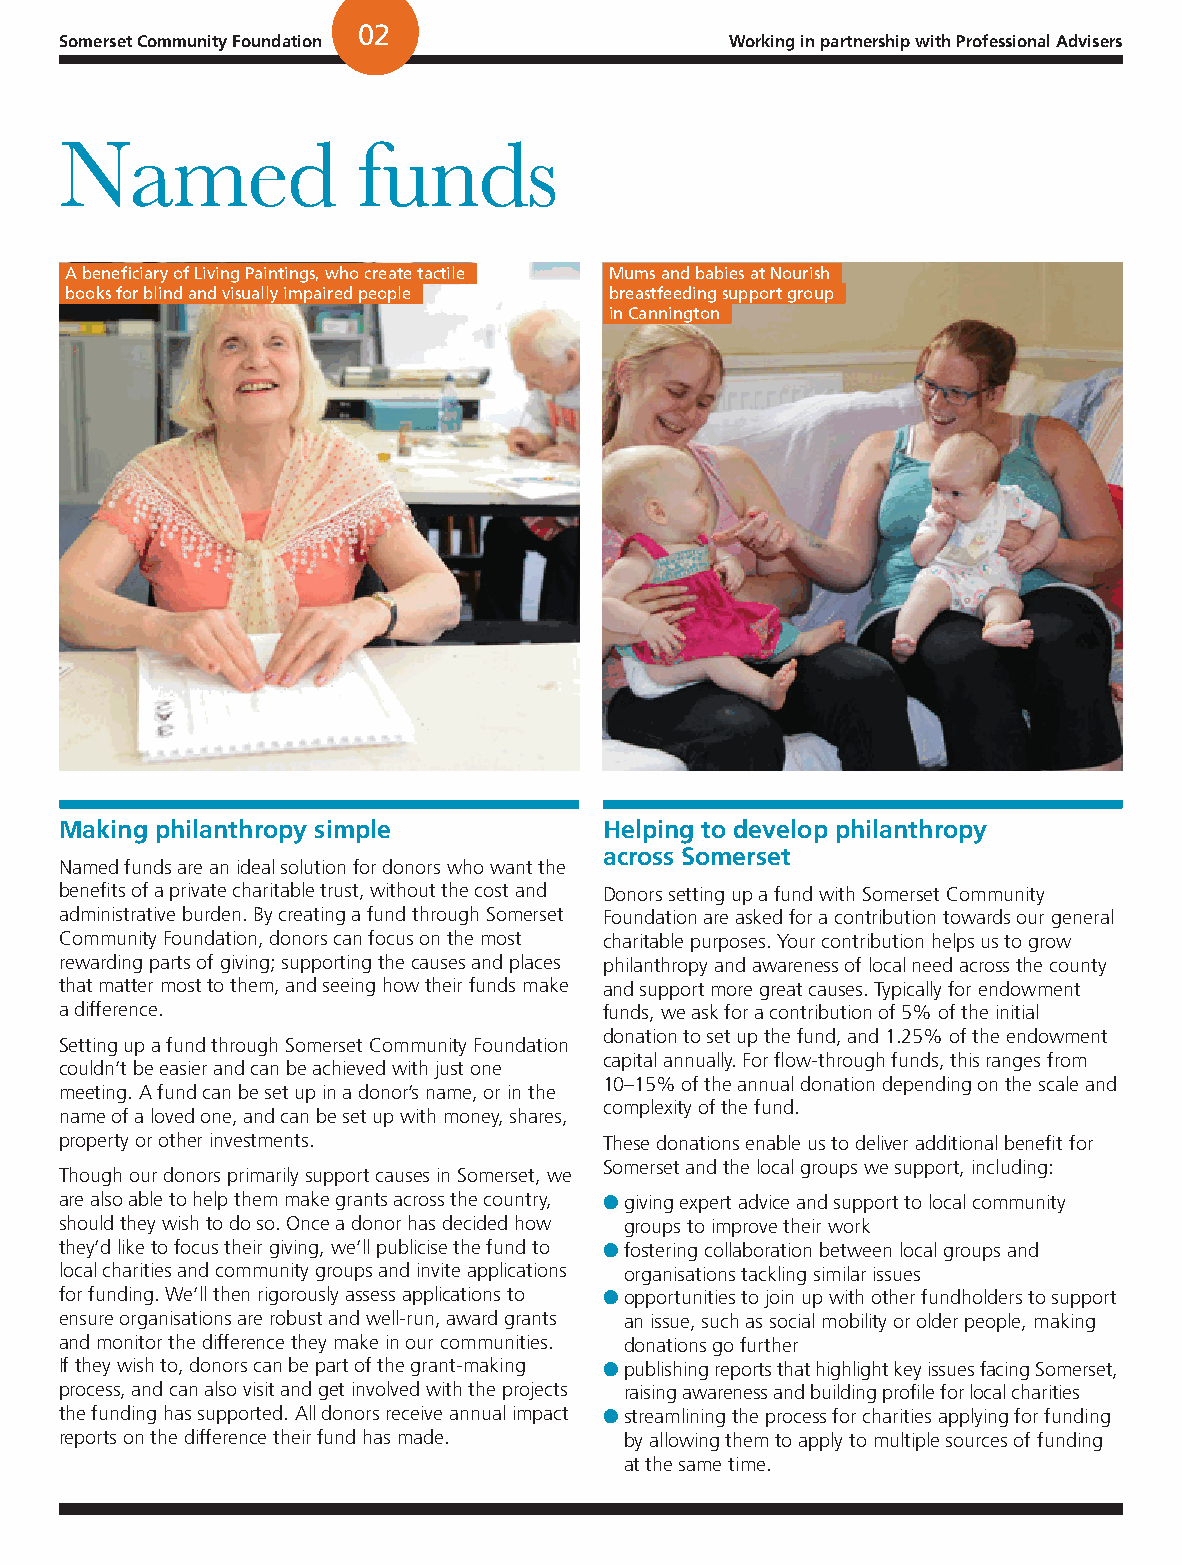
02
 Somerset Community Foundation               Working in partnership with Professional Advisers
 Named               funds
 A beneficiary of Living Paintings, who create tactile Mums and babies at Nourish
 books for blind and visually impaired people breastfeeding support group
 in Cannington
 Making philanthropy simple          Helping to develop philanthropy
 across Somerset
 Named funds are an ideal solution for donors who want the
 benefits of a private charitable trust, without the cost and Donors setting up a fund with Somerset Community
 administrative burden. By creating a fund through Somerset Foundation are asked for a contribution towards our general
 Community Foundation, donors can focus on the most charitable purposes. Your contribution helps us to grow
 rewarding parts of giving; supporting the causes and places philanthropy and awareness of local need across the county
 that matter most to them, and seeing how their funds make and support more great causes. Typically for endowment
 a difference.                       funds, we ask for a contribution of 5% of the initial
 donation to set up the fund, and 1.25% of the endowment
 Setting up a fund through Somerset Community Foundation
 capital annually. For flow-through funds, this ranges from
 couldn’t be easier and can be achieved with just one
 10–15% of the annual donation depending on the scale and
 meeting. A fund can be set up in a donor’s name, or in the
 complexity of the fund.
 name of a loved one, and can be set up with money, shares,
 property or other investments.      These donations enable us to deliver additional benefit for
 Somerset and the local groups we support, including:
 Though our donors primarily support causes in Somerset, we
 are also able to help them make grants across the country, l g iving expert advice and support to local community
 should they wish to do so. Once a donor has decided how groups to improve their work
 they’d like to focus their giving, we’ll publicise the fund to l f ostering collaboration between local groups and
 local charities and community groups and invite applications organisations tackling similar issues
 for funding. We’ll then rigorously assess applications to l o pportunities to join up with other fundholders to support
 ensure organisations are robust and well-run, award grants an issue, such as social mobility or older people, making
 and monitor the difference they make in our communities. donations go further
 If they wish to, donors can be part of the grant-making l p ublishing reports that highlight key issues facing Somerset,
 process, and can also visit and get involved with the projects raising awareness and building profile for local charities
 the funding has supported. All donors receive annual impact l s treamlining the process for charities applying for funding
 reports on the difference their fund has made. by allowing them to apply to multiple sources of funding
 at the same time.